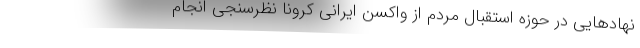
نهادهایی در حوزه استقبال مردم از واکسن ایرانی کرونا نظرسنجی انجام